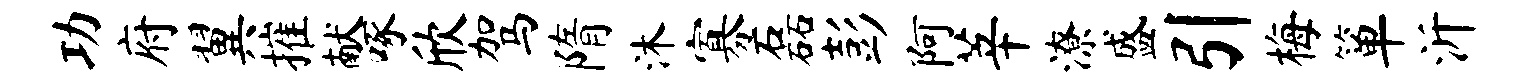
功府翼摧献啄欣驾隋沐寡磊彭阿莘潦盛引梅箪沂